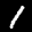
Label: 1